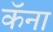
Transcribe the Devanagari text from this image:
कॅना